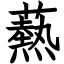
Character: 爇